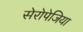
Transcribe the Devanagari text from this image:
सेरोपेजिया